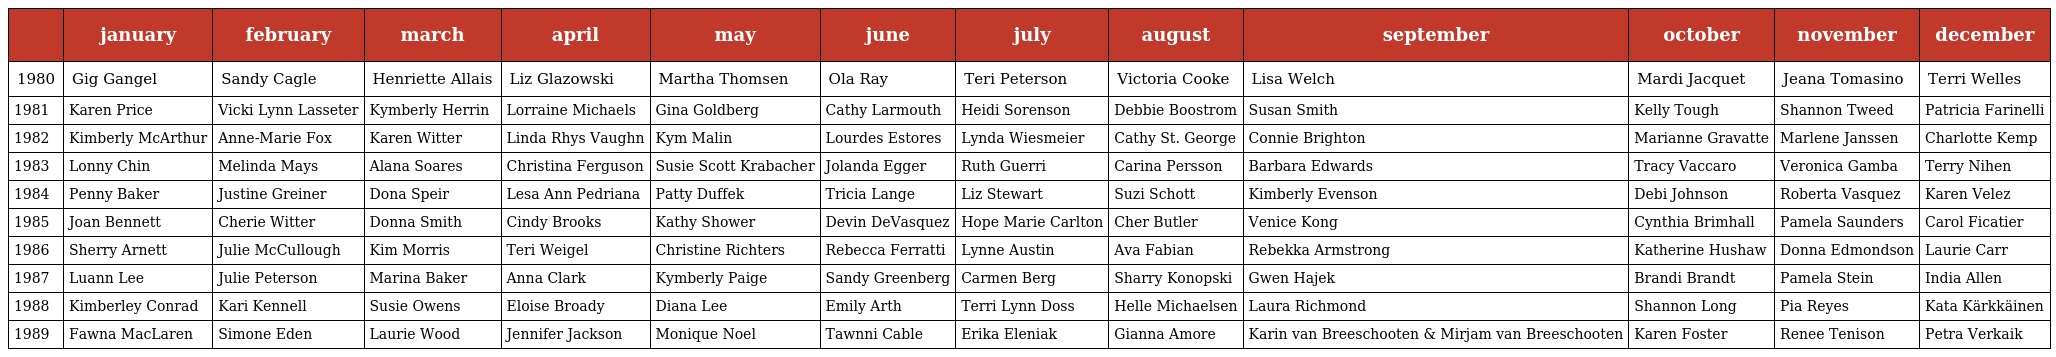
|  | january | february | march | april | may | june | july | august | september | october | november | december |
 | --- | --- | --- | --- | --- | --- | --- | --- | --- | --- | --- | --- | --- |
 | 1980 | Gig Gangel | Sandy Cagle | Henriette Allais | Liz Glazowski | Martha Thomsen | Ola Ray | Teri Peterson | Victoria Cooke | Lisa Welch | Mardi Jacquet | Jeana Tomasino | Terri Welles |
 | 1981 | Karen Price | Vicki Lynn Lasseter | Kymberly Herrin | Lorraine Michaels | Gina Goldberg | Cathy Larmouth | Heidi Sorenson | Debbie Boostrom | Susan Smith | Kelly Tough | Shannon Tweed | Patricia Farinelli |
 | 1982 | Kimberly McArthur | Anne-Marie Fox | Karen Witter | Linda Rhys Vaughn | Kym Malin | Lourdes Estores | Lynda Wiesmeier | Cathy St. George | Connie Brighton | Marianne Gravatte | Marlene Janssen | Charlotte Kemp |
 | 1983 | Lonny Chin | Melinda Mays | Alana Soares | Christina Ferguson | Susie Scott Krabacher | Jolanda Egger | Ruth Guerri | Carina Persson | Barbara Edwards | Tracy Vaccaro | Veronica Gamba | Terry Nihen |
 | 1984 | Penny Baker | Justine Greiner | Dona Speir | Lesa Ann Pedriana | Patty Duffek | Tricia Lange | Liz Stewart | Suzi Schott | Kimberly Evenson | Debi Johnson | Roberta Vasquez | Karen Velez |
 | 1985 | Joan Bennett | Cherie Witter | Donna Smith | Cindy Brooks | Kathy Shower | Devin DeVasquez | Hope Marie Carlton | Cher Butler | Venice Kong | Cynthia Brimhall | Pamela Saunders | Carol Ficatier |
 | 1986 | Sherry Arnett | Julie McCullough | Kim Morris | Teri Weigel | Christine Richters | Rebecca Ferratti | Lynne Austin | Ava Fabian | Rebekka Armstrong | Katherine Hushaw | Donna Edmondson | Laurie Carr |
 | 1987 | Luann Lee | Julie Peterson | Marina Baker | Anna Clark | Kymberly Paige | Sandy Greenberg | Carmen Berg | Sharry Konopski | Gwen Hajek | Brandi Brandt | Pamela Stein | India Allen |
 | 1988 | Kimberley Conrad | Kari Kennell | Susie Owens | Eloise Broady | Diana Lee | Emily Arth | Terri Lynn Doss | Helle Michaelsen | Laura Richmond | Shannon Long | Pia Reyes | Kata Kärkkäinen |
 | 1989 | Fawna MacLaren | Simone Eden | Laurie Wood | Jennifer Jackson | Monique Noel | Tawnni Cable | Erika Eleniak | Gianna Amore | Karin van Breeschooten & Mirjam van Breeschooten | Karen Foster | Renee Tenison | Petra Verkaik |